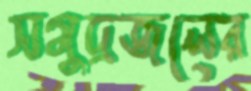
সমুদ্রজলের